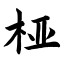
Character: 桠